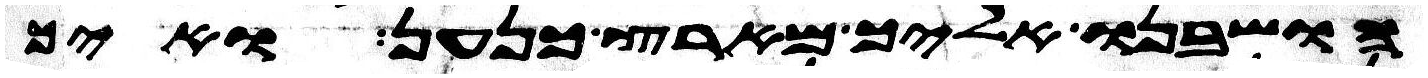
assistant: הושבנו אליך מארץ כנען ואיך